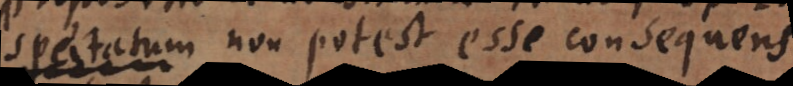
spectatum non potest esse consequens,